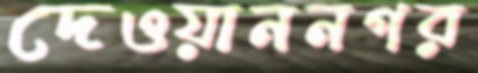
দেওয়াননগর